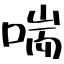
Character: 喘